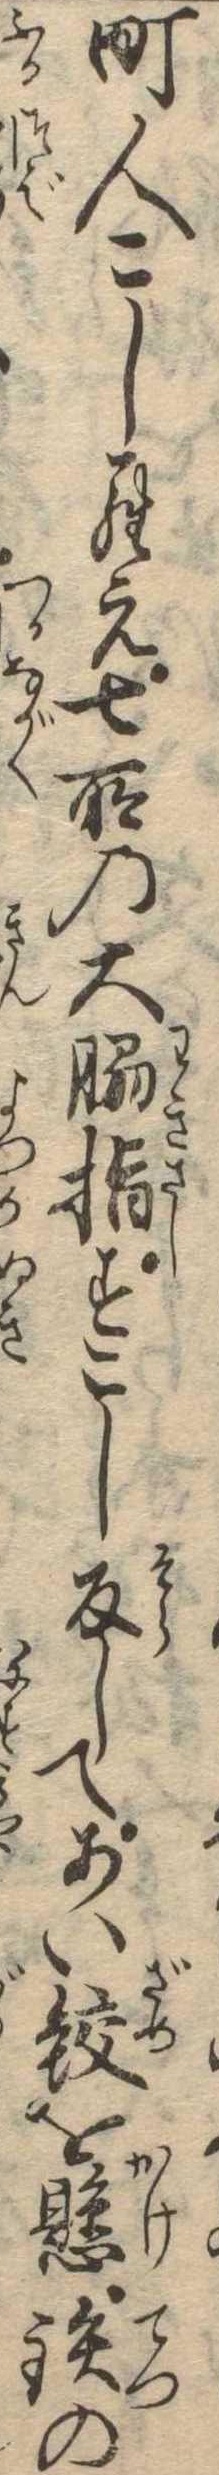
町人こしらえ七所の大脇指すこし反してあい鮫を懸鉄の